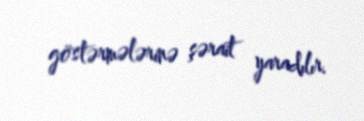
göstərmələrinə şərait yaradılır.